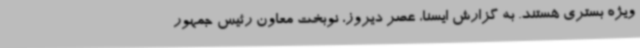
ویژه بستری هستند. به گزارش ایسنا، عصر دیروز، نوبخت معاون رئیس جمهور